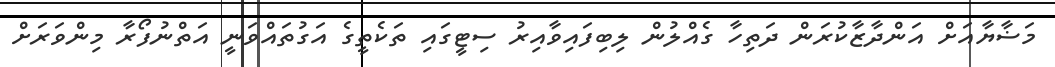
މަޟާޔާއަށް އަންދާޒާކުރަން ދަތިހާ ގެއްލުން ލިބިފައިވާއިރު ސިޓީގައި ތަކެތީގެ އަގުތައްވަނީ އަތްނުފޯރާ މިންވަރަށް